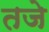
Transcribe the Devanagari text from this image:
तजे